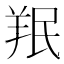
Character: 𫅒